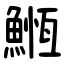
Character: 䱭